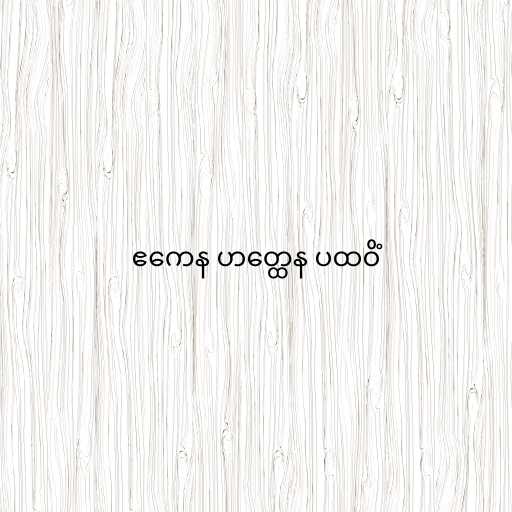
ဧကေန ဟတ္ထေန ပထဝိံ